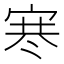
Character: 𪧑